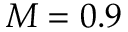
M = 0 . 9